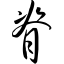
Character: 脊